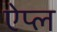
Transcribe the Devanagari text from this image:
ऐप्ल